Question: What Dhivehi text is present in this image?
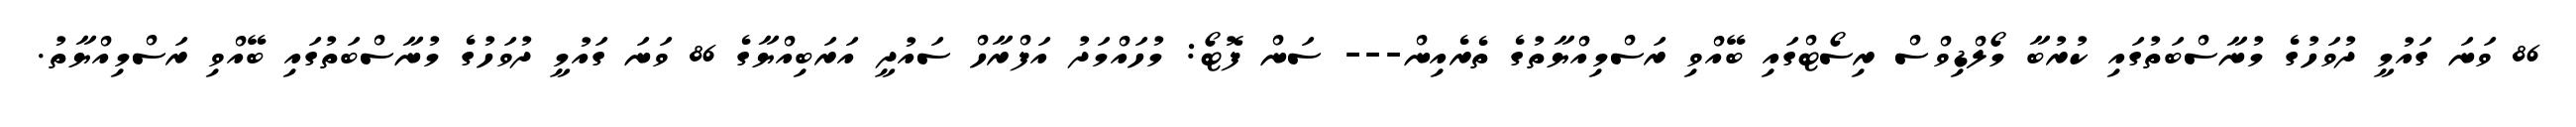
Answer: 86 ވަނަ ގައުމީ ދުވަހުގެ މުނާސްބަތުގައި ކުރުބާ މޯލްޑިވްސް ރިސޯޓްގައި ބޭއްވި ރަސްމިއްޔާތުގެ ތެރެއިން--- ސަން ފޮޓޯ: މުހައްމަދު އަފްރާހް ސައުދީ އަރަބިއްޔާގެ 86 ވަނަ ގައުމީ ދުވަހުގެ މުނާސްބަތުގައި ބޭއްވި ރަސްމިއްޔާތު.